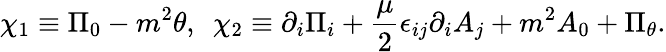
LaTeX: \chi_{1}\equiv\Pi_{0}-m^{2}\theta,~~\chi_{2}\equiv\partial_{i}\Pi_{i}+{\frac{\mu}{2}}\epsilon_{ij}\partial_{i}A_{j}+m^{2}A_{0}+\Pi_{\theta}.